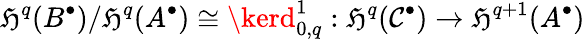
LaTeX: \mathfrak{H}^{q}(B^{\bullet})/\mathfrak{H}^{q}(A^{\bullet})\cong\kerd_{0,q}^{1}:\mathfrak{H}^{q}(\mathcal{C}^{\bullet})\rightarrow\mathfrak{H}^{q+1}(A^{\bullet})